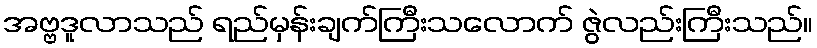
အဗ္ဗဒူလာသည် ရည်မှန်းချက်ကြီးသလောက် ဇွဲလည်းကြီးသည်။